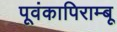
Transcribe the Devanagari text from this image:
पूवंकापिराम्बू